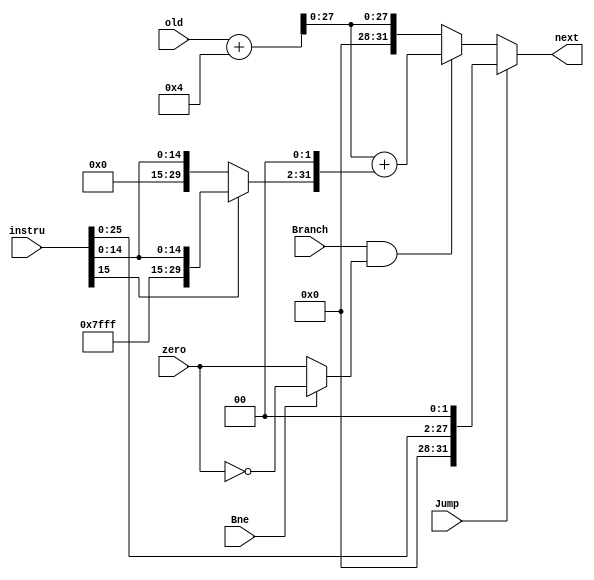
`timescale 1ns / 1ps

module next_pc(
  input [31:0] old, // the original program addr.
  input [31:0] instru, // the original instruction
    // [15-0] used for sign-extention
    // [25-0] used for shift-left-2
  input Jump,
  input Branch,
  input Bne,
  input zero,
  output reg [31:0] next
);

  reg [31:0] sign_ext;
  reg [31:0] old_alter; // pc+4
  reg [31:0] jump; // jump addr.
  reg zero_alter;

  initial begin
    next = 32'b0;
    // $display("NEXT: 0x%H",next);
  end

  always @(old) begin
    old_alter = old + 4;
  end

  always @(zero,Bne) begin
    zero_alter = zero;
    if (Bne == 1) begin
      zero_alter = ! zero_alter;
    end
    // $display("zero: %d | zero_alter: %d",zero,zero_alter);
  end

  always @(instru) begin
    // jump-shift-left
    jump = {4'b0,instru[25:0],2'b0};

    // sign-extension
    // $display("original instru: 0x%H",instru);
    if (instru[15] == 1'b0) begin
      // $display("next_pc:: positive addr_dev");
      sign_ext = {16'b0,instru[15:0]};
    end else begin
      // $display("next_pc:: negative addr_dev");
      sign_ext = {{16{1'b1}},instru[15:0]};
    end
    // $display("sign_ext: 0x%H",sign_ext);
    sign_ext = {sign_ext[29:0],2'b0}; // shift left
    // $display("sign_ext: 0x%H",sign_ext);
  end

  always @(instru or old_alter or jump) begin
    jump = {old_alter[31:28],jump[27:0]};
  end
  
  always @(old_alter,sign_ext,jump,Branch,zero_alter,Jump) begin
    // assign next program counter value
    if (Branch == 1 & zero_alter == 1) begin
      // $display("Taking branch");
      next = old_alter + sign_ext;
    end else begin
      // $display("Normal proceeding");
      next = old_alter;
    end
    if (Jump == 1) begin
      // $display("Taking jump");
      next = jump;
    end
  end

endmodule